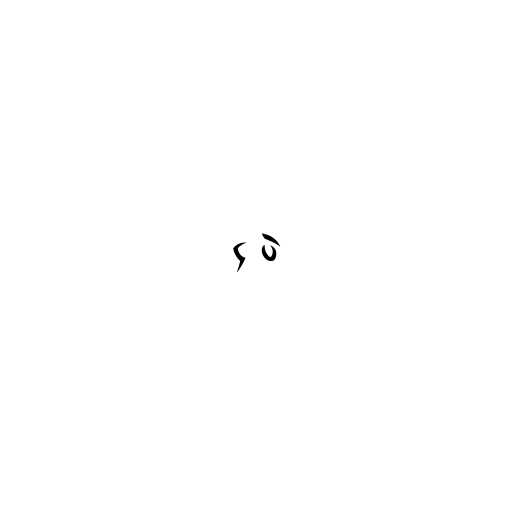
၄ ပဲ